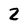
Character: Z